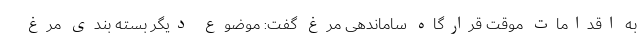
به اقدامات موقت قرارگاه ساماندهی مرغ گفت: موضوع دیگر بسته بندی مرغ